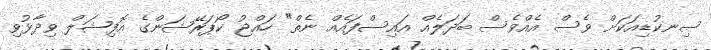
ސިނކުޑިއަކަށް ވެސް އެއްވެސް ބަދަލެއް އައިސްފައެއް ނެތް" ހައްޖު ކޯޕަރޭޝަންގެ އޮފިޝަލް ވިދާޅުވި